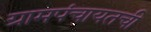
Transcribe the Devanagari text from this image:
ग्रामपंचायतची